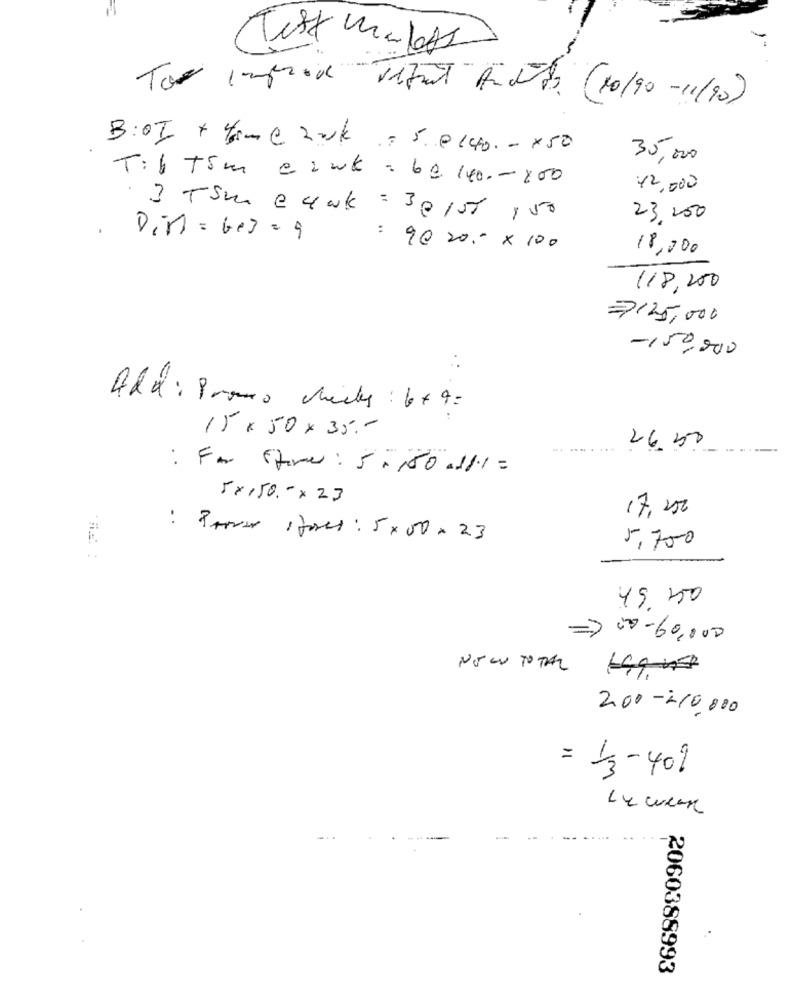
Test Mulats
Top comprar vifut Andra (10/90 - 11/20)
B:OI + 4m e 20k = 5 0 140. - x50
35,000
T:6 +5m eink = 6@ 140 .- 200
42,000
23,200
3 TSm & c wk = 30 1st 150
Din =6+3= 9
: 90 20 .- × 100
18,000
118,200
7125,000
-150,000
Add : Promo checks : 6+9=
15x 50 x 35 ,-
.--
....
26.50
: For store: 5-150 .11.1 =
5x150 x 23
17, 200
: Paper stores: 5x50 x 23
5,700
49. 750
=>
00-60,000
NOW TOTAL
2,00 -210,000
= 13-409
Le coeur
2060388993